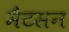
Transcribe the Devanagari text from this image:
मैटसन